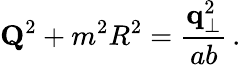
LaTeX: {\mathbf Q}^{2}+m^{2}R^{2}={\frac{{\mathbf q}_{\perp}^{2}}{ab}}\, .